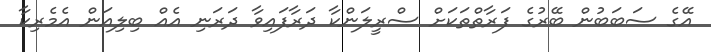
އޭގެ ސަބަބުން ބޭރުގެ ފަރާތްތަކަށް ސްރީލަންކާ ދަރާފައިވާ ދަރަނި އެއް ބިލިއަން އެމެރިކާ